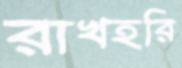
রাখহরি